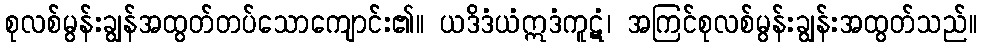
စုလစ်မွန်းချွန်အထွတ်တပ်သောကျောင်း၏။ ယဒိဒံယံဣဒံကူဋံ၊ အကြင်စုလစ်မွန်းချွန်းအထွတ်သည်။